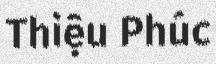
Thiệu Phúc